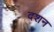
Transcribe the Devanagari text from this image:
दशन